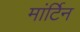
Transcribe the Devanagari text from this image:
मांर्टिन